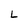
Character: L